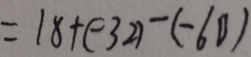
= 1 8 + ( - 3 2 ) - ( - 6 0 )